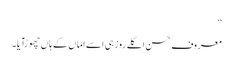
‘‘
معروف حسن اگلے روز ہی اسے اماں کے ہاں چھوڑآیا۔